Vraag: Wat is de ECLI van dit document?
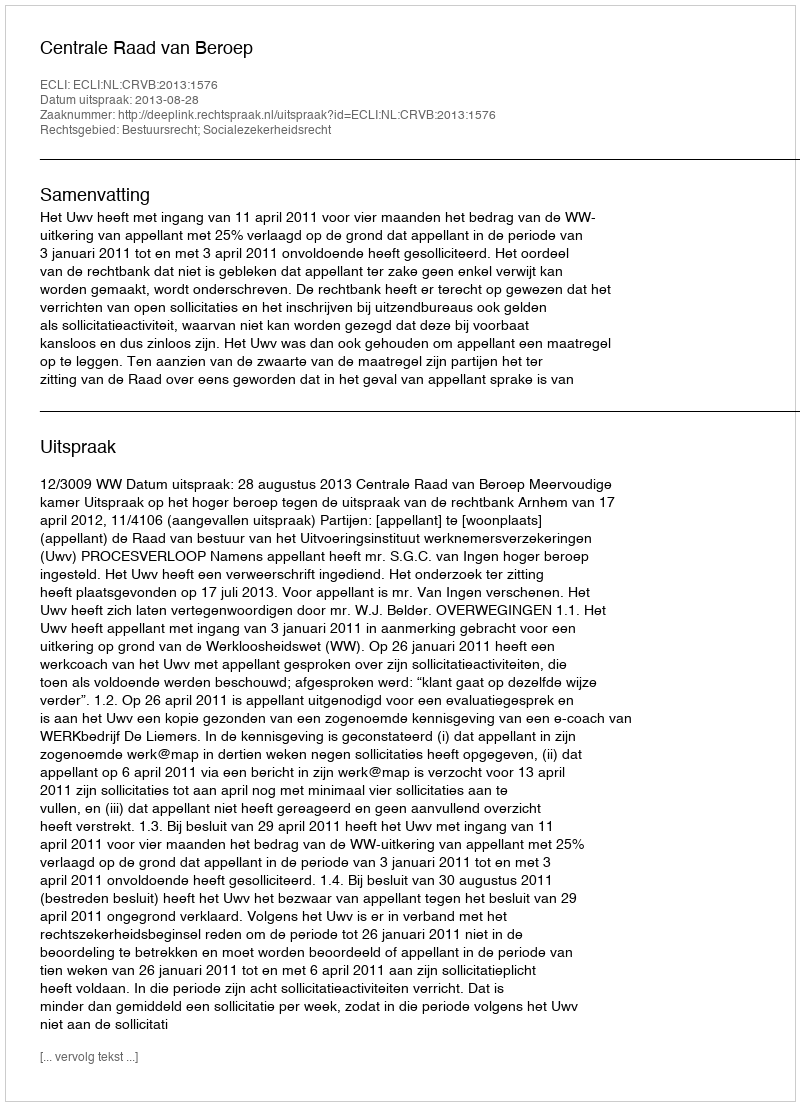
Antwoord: ECLI:NL:CRVB:2013:1576